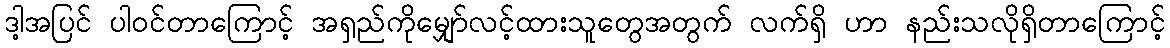
ဒါ့အပြင် ပါဝင်တာကြောင့် အရှည်ကိုမျှော်လင့်ထားသူတွေအတွက် လက်ရှိ ဟာ နည်းသလိုရှိတာကြောင့်